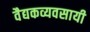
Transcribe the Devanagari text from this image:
वैद्यकव्यवसायी